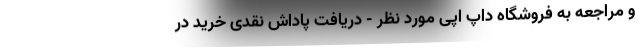
و مراجعه به فروشگاه داپ اَپی مورد نظر - دریافت پاداش نقدی خرید در